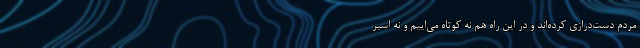
مردم دست‌درازی کرده‌اند و در این راه هم نه کوتاه می‌اییم و نه اسیر